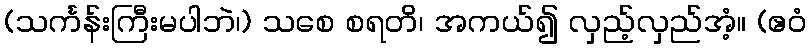
(သင်္ကန်းကြီးမပါဘဲ၊) သစေ စရတိ၊ အကယ်၍ လှည့်လှည်အံ့။ (ဧဝံ